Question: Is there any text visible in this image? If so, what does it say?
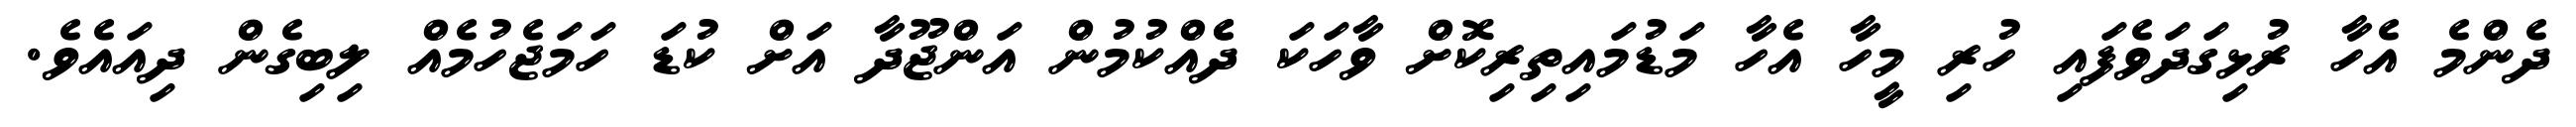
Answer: ދެންމެ އެހާ ރުޅިގަދަވެފައި ހުރި މީހާ އެހާ މަޑުމައިތިރިކޮށް ވާހަކަ ދެެއްކުމުން އަންޖޫދާ އަށް ކުޑަ ހަމަޖެހުމެއް ލިބިގެން ދިއައެވެ.